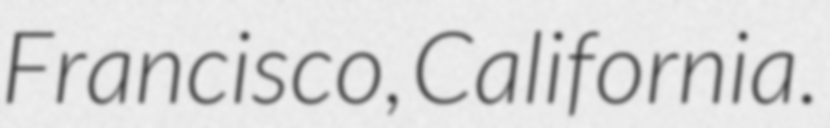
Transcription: Francisco, California.